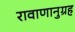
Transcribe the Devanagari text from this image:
रावाणानुग्रह